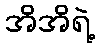
အိအိရဲ့